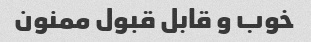
خوب و قابل قبول ممنون